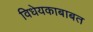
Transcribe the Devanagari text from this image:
विधेयकाबाबत